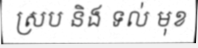
ស្រប និង ទល់ មុខ